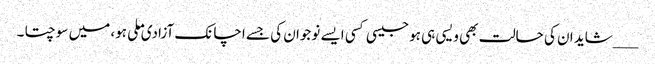
___شاید ان کی حالت بھی ویسی ہی ہو جیسی کسی ایسے نوجوان کی جسے اچانک آزادی ملی ہو، میں سوچتا ۔